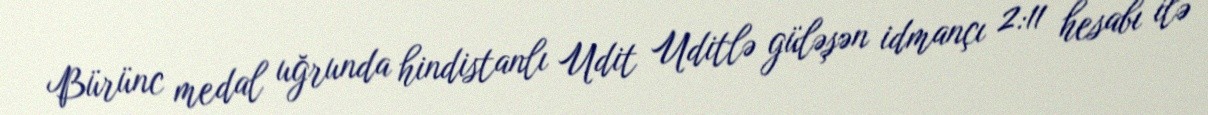
Bürünc medal uğrunda hindistanlı Udit Uditlə güləşən idmançı 2:11 hesabı ilə